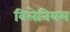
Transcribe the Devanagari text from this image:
विलेनियम